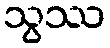
သွဿ